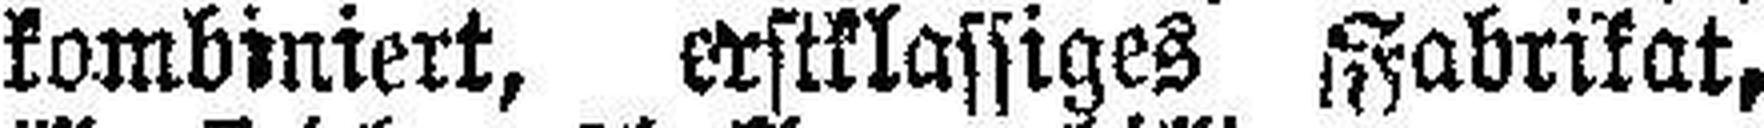
kombiniert, erstklassiges Fabrikat,